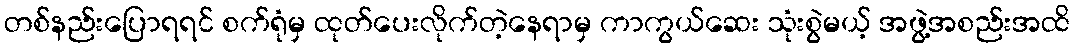
တစ်နည်းပြောရရင် စက်ရုံမှ ထုတ်ပေးလိုက်တဲ့နေရာမှ ကာကွယ်ဆေး သုံးစွဲမယ့် အဖွဲ့အစည်းအထိ